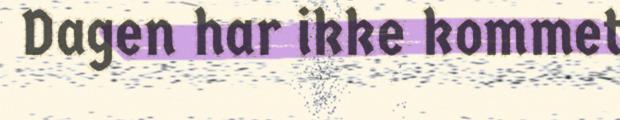
Dagen har ikke kommet